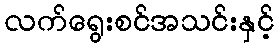
လက်ရွေးစင်အသင်းနှင့်